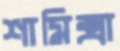
শামিক্সা